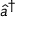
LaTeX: { \hat { a } } ^ { \dagger }